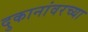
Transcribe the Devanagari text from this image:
दुकानांवरच्या